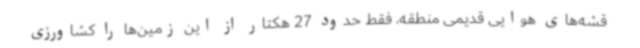
قشه‌های هوایی قدیمی منطقه، فقط حدود 27 هکتار از این زمین‌ها را کشاورزی